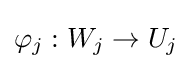
\varphi _{j}:W_{j}\rightarrow U_{j}